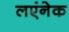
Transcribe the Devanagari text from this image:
लएंनेक